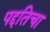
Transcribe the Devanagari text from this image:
पद्दतिचा